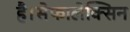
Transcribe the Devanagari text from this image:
है।सेफालेक्सिन